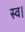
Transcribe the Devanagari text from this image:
स्‍व।